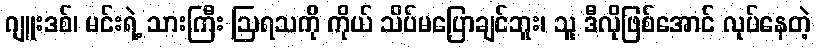
ဂျူးဒစ်၊ မင်းရဲ့ သားကြီး ဩရသကို ကိုယ် သိပ်မပြောချင်ဘူး၊ သူ ဒီလိုဖြစ်အောင် လုပ်နေတဲ့